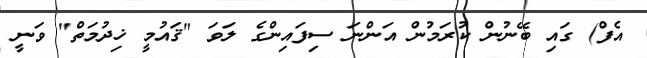
އެފް) ގައި ބޭނުން ކުރަމުން އަންނަ ސިފައިންގެ ލަވަ "ޤައުމީ ޚިދުމަތް" ވަނީ